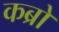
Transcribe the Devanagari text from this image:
कब्रो